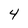
Character: 4